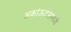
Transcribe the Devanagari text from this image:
अकांऊटसमध्ये